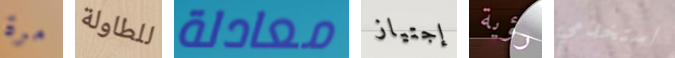
مرة للطاولة معادلة إجتياز رؤية استخدمي